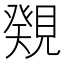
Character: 𧡫